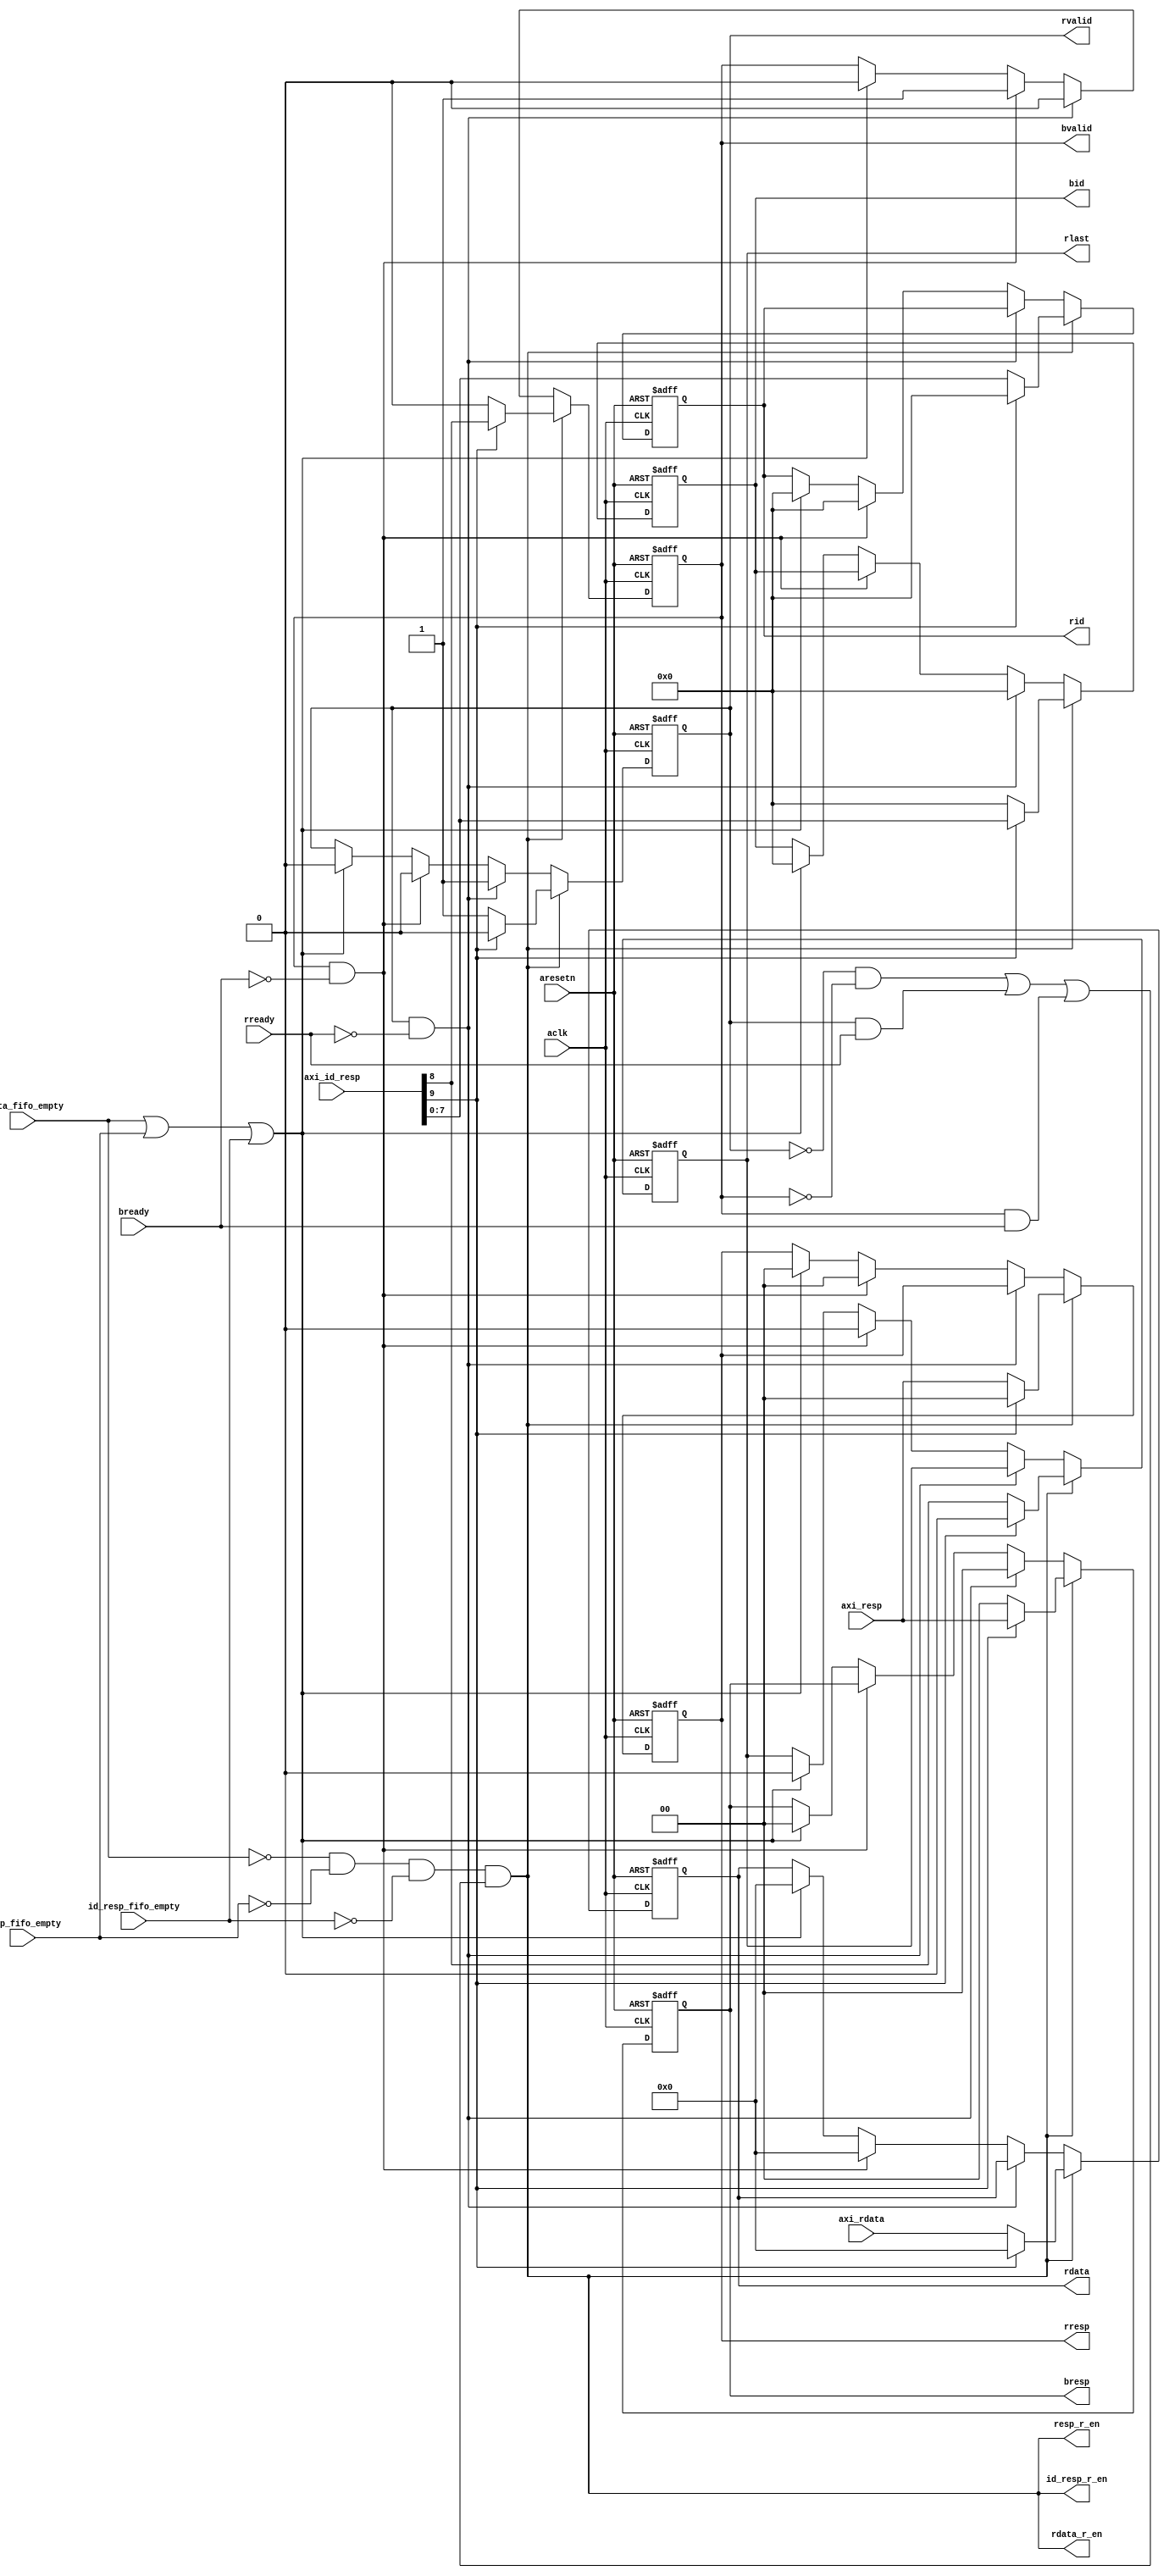
module fifo2axi #(
  parameter AXI_ID_WIDTH = 8   
)(
    input                             aclk,
    input                             aresetn,
    //rdata_fifo
    output                            rdata_r_en,
    input       [63:0]                axi_rdata,
    input                             rdata_fifo_empty,
    //resp_fifo
    output                            resp_r_en,
    input       [1:0]                 axi_resp,
    input                             resp_fifo_empty,
    //id_resp
    output                            id_resp_r_en,
    input       [AXI_ID_WIDTH+2-1:0]  axi_id_resp,
    input                             id_resp_fifo_empty,
    //b response
    output reg  [AXI_ID_WIDTH-1:0]    bid,
    output reg  [1:0]                 bresp,
    output reg                        bvalid,
    input                             bready,
    //r response
    output reg  [AXI_ID_WIDTH-1:0]    rid,
    output reg  [63:0]                rdata,
    output reg  [1:0]                 rresp,
    output reg                        rlast,
    output reg                        rvalid,
    input                             rready
);//read directly

    wire ready;
    assign ready = bready&rready;

    wire fifo_empty;
    assign fifo_empty = rdata_fifo_empty|resp_fifo_empty|id_resp_fifo_empty;

	wire read_en;
	wire ready_for_read;
	//assign read_en = (!rdata_fifo_empty)&(!resp_fifo_empty)&(!id_resp_fifo_empty)&ready;
	//assign read_en = (!rdata_fifo_empty)&(!resp_fifo_empty)&(!id_resp_fifo_empty);
	assign ready_for_read = (~rvalid & ~bvalid) | (rvalid & rready) | (bvalid & bready);
	assign read_en = (!rdata_fifo_empty)&(!resp_fifo_empty)&(!id_resp_fifo_empty)&ready_for_read;

    assign rdata_r_en = read_en;
    assign resp_r_en = read_en;
    assign id_resp_r_en = read_en;

	//reg  ready_for_read;
	//always@(posedge aclk or negedge aresetn) begin
    //    if(!aresetn)begin
    //        ready_for_read <= 'b1;
    //    end
    //    else if(rvalid == 1'b1)begin
	//		if(rready == 1'b1) begin
    //            ready_for_read <= 'b1;
	//		end
	//		else begin
    //            ready_for_read <= 'b0;
	//		end
    //    end
    //    else if(bvalid == 1'b1)begin
	//		if(bready == 1'b1) begin
    //            ready_for_read <= 'b1;
	//		end
	//		else begin
    //            ready_for_read <= 'b0;
	//		end
    //    end
    //    else begin
    //        ready_for_read <= 'b1;
    //    end
	//end

    always@(posedge aclk or negedge aresetn)
        if(!aresetn)begin
            bid <= 'b0;
            bresp <= 2'b0;
            bvalid <= 1'b0;

            rid <= 'b0;
            rdata <= 64'b0;
            rresp <= 2'b0;
            rlast <= 1'b0;
            rvalid <= 1'b0;
        end
        else if(read_en == 1'b1)begin
            if(axi_id_resp[AXI_ID_WIDTH+1] == 1'b1)begin
                bid <= axi_id_resp[AXI_ID_WIDTH-1:0];
                bresp <= axi_resp;
                bvalid <= axi_id_resp[AXI_ID_WIDTH];

                rid <= 'b0;
                rdata <= 64'b0;
                rresp <= 2'b0;
                rlast <= 1'b0;
                rvalid <= 1'b0;
            end
            else begin
                bid <= 'b0;
                bresp <= 2'b0;
                bvalid <= 1'b0;

                rid <= axi_id_resp[AXI_ID_WIDTH-1:0];
                rdata <= axi_rdata;
                rresp <= axi_resp;
                rlast <= axi_id_resp[AXI_ID_WIDTH];
                rvalid <= 1'b1;
            end
        end
        else if(rvalid == 1'b1 && rready == 1'b0)begin
            bid <= 'b0;
            bresp <= 2'b0;
            bvalid <= 1'b0;

            rid <= rid;
            rdata <= rdata;
            rresp <= rresp;
            rlast <= rlast;
            rvalid <= 1'b1;
        end
        else if(bvalid == 1'b1 && bready == 1'b0)begin
            bid <= bid;
            bresp <= bresp;
            bvalid <= 1'b1;

            rid <= 'b0;
            rdata <= 64'b0;
            rresp <= 2'b0;
            rlast <= 1'b0;
            rvalid <= 1'b0;
        end
        else if(fifo_empty == 1'b1)begin
            bid <= 'b0;
            bresp <= 2'b0;
            bvalid <= 1'b0;

            rid <= 'b0;
            rdata <= 64'b0;
            rresp <= 2'b0;
            rlast <= 1'b0;
            rvalid <= 1'b0;
        end


endmodule